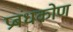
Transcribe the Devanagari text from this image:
प्रबंधकोण